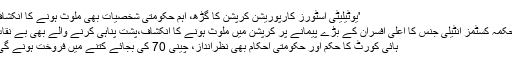
'یوٹیلیٹی اسٹورز کارپوریشن کرپشن کا گڑھ، اہم حکومتی شخصیات بھی ملوث ہونے کا انکشاف
محکمہ کسٹمز انٹیلی جنس کا اعلیٰ افسران کے بڑے پیمانے پر کرپشن میں ملوث ہونے کا انکشاف،پشت پناہی کرنے والے بھی بے نقاب
ہائی کورٹ کا حکم اور حکومتی احکام بھی نظرانداز، چینی 70 کی بجائے کتنے میں فروخت ہونے گی؟